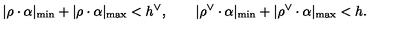
| \rho \cdot \alpha | _ { \mathrm { m i n } } + | \rho \cdot \alpha | _ { \mathrm { m a x } } < h ^ { \vee } , \qquad | \rho ^ { \vee } \cdot \alpha | _ { \mathrm { m i n } } + | \rho ^ { \vee } \cdot \alpha | _ { \mathrm { m a x } } < h .